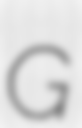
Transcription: G